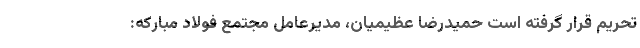
تحریم قرار گرفته است حمیدرضا عظیمیان، مدیرعامل مجتمع فولاد مبارکه: